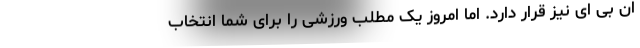
ان بی ای نیز قرار دارد. اما امروز یک مطلب ورزشی را برای شما انتخاب